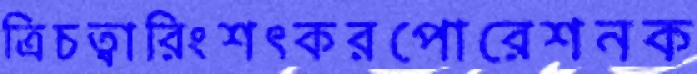
ত্রিচত্বারিংশৎকরপোরেশনক